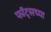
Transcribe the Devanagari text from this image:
फॉट्सच्या